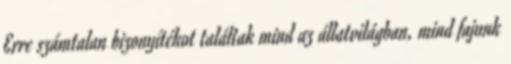
Erre számtalan bizonyítékot találtak mind az állatvilágban, mind fajunk